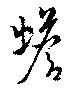
蟾